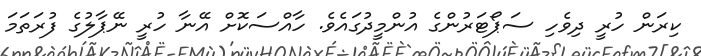
ކިރަން ހުރީ ދިވެހި ސަޕޯޓަރުންގެ އުންމީދުގައެވެ. ހާއްސަކޮށް އޭނާ ހުރީ ނޭޕާލުގެ ފުރަތަމަ